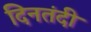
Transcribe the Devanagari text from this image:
दिनतंदी